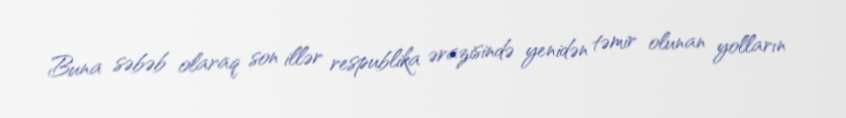
Buna səbəb olaraq son illər respublika ərazisində yenidən təmir olunan yolların